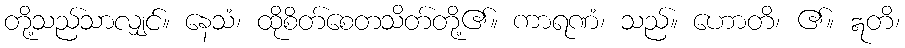
တို့သည်သာလျှင်။ နေသံ၊ ထိုစိတ်စေတသိတ်တို့၏။ ကာရဏံ၊ သည်။ ဟောတိ၊ ၏။ ဣတိ၊